Lunatic asylums Punjab 1911-1921 - 1911-1921
Year: 1911
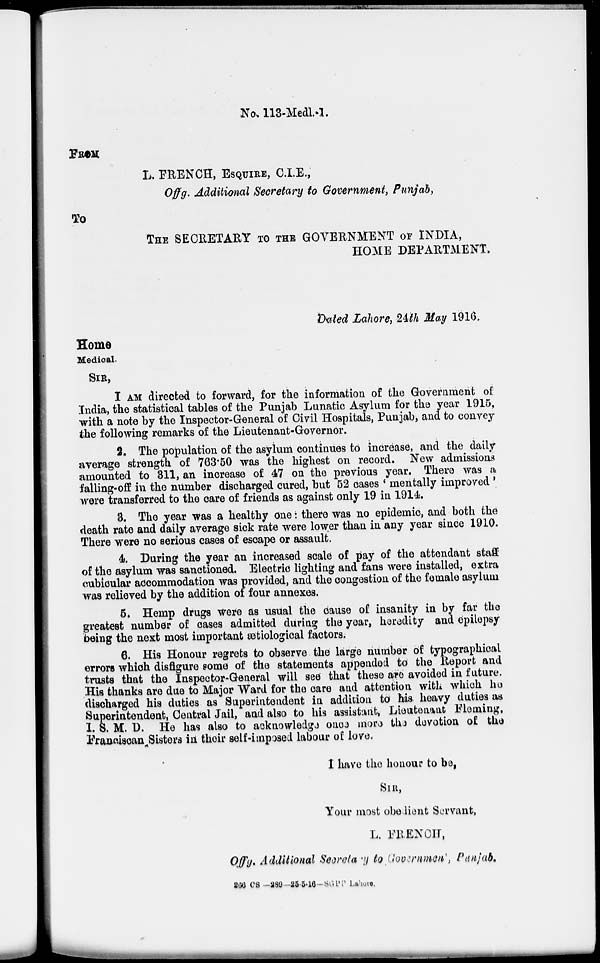
No. 113-Medl.-1.
FROM
L. FRENCH, ESQUIRE, C.I.E.,
Offg. Additional Secretary to Government, Punjab,
To
THE SECRETARY TO THE GOVERNMENT OF INDIA,
HOME DEPARTMENT.
Dated Lahore, 24th May 1916.
Home
Medical.
SIR,
I AM directed to forward, for the information of the Government of
India, the statistical tables of the Punjab Lunatic Asylum for the year 1915,
with a note by the Inspector-General of Civil Hospitals, Punjab, and to convey
the following remarks of the Lieutenant-Governor.
2. The population of the asylum continues to increase, and the daily
average strength of 763.50 was the highest on record. New admissions
amounted to 311, an increase of 47 on the previous year. There was a
falling-off in the number discharged cured, but 52 cases ' mentally improved '
were transferred to the care of friends as against only 19 in 1914.
3. The year was a healthy one: there was no epidemic, and both the
death rate and daily average sick rate were lower than in any year since 1910.
There were no serious cases of escape or assault.
4. During the year an increased scale of pay of the attendant staff
of the asylum was sanctioned. Electric lighting and fans were installed, extra
cubicular accommodation was provided, and the congestion of the female asylum
was relieved by the addition of four annexes.
5. Hemp drugs were as usual the cause of insanity in by far the
greatest number of cases admitted during the year, heredity and epilepsy
being the next most important ætiological factors.
6. His Honour regrets to observe the large number of typographical
errors which disfigure some of the statements appended to the Report and
trusts that the Inspector-General will see that these are avoided in future.
His thanks are due to Major Ward for the care and attention with which he
discharged his duties as Superintendent in addition to his heavy duties as
Superintendent, Central Jail, and also to his assistant, Lieutenant Fleming,
I. S. M. D. He has also to acknowledge once more the devotion of the
Franciscan Sisters in their self-imposed labour of love.
I have the honour to be,
SIR,
Your most obedient Servant,
L. FRENCH,
Offg. Additional Secretary to Government, Punjab.
266 CS—289—25-5-16—SGPP Lahore.